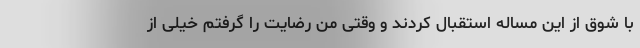
با شوق از این مساله استقبال کردند و وقتی من رضایت را گرفتم خیلی از